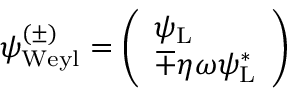
\psi _ { \mathrm { { W e y l } } } ^ { ( \pm ) } = { \left( \begin{array} { l } { \psi _ { \mathrm { { L } } } } \\ { \mp \eta \omega \psi _ { \mathrm { { L } } } ^ { * } } \end{array} \right) }